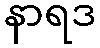
နာရဒ